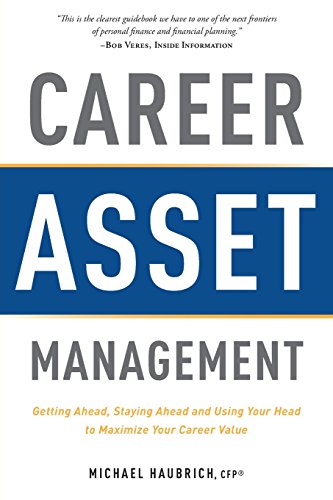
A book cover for Career Asset Management: Getting Ahead, Staying Ahead and Using Your Head to Maximize Your Career Value; Michael Haubrich CFPÂ®; Business & Money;